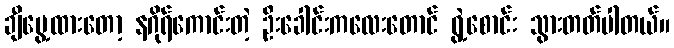
ချီပွေ့ထားတော့ နဂိုရ်ကောင်းတဲ့ ဦးခေါင်းကလေးတောင် ရွဲ့စောင်း သွားတတ်ပါတယ်။